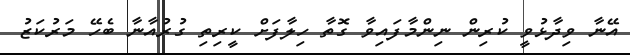
އޭނާ ވިދާޅުވީ ކުރިން ނިންމާފައިވާ ގޮތާ ހިލާފަށް ކީރިތި ގުރުއާނާ ބެހޭ މަރުކަޒު